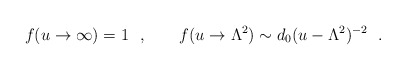
\begin{align*}f(u\to\infty)=1\ \ ,\qquad f(u\to \Lambda^2)\sim d_0(u-\Lambda^2)^{-2}\ \ .\end{align*}